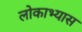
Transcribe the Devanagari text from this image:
लोकाभ्यास